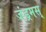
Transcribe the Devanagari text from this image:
जंड्रमस्